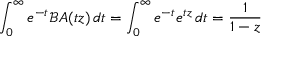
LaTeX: \int _ { 0 } ^ { \infty } e ^ { - t } { \mathcal { B } } A ( t z ) \, d t = \int _ { 0 } ^ { \infty } e ^ { - t } e ^ { t z } \, d t = { \frac { 1 } { 1 - z } }